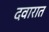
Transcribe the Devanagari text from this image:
दवारात